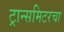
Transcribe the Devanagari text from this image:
ट्रान्समिटरचा